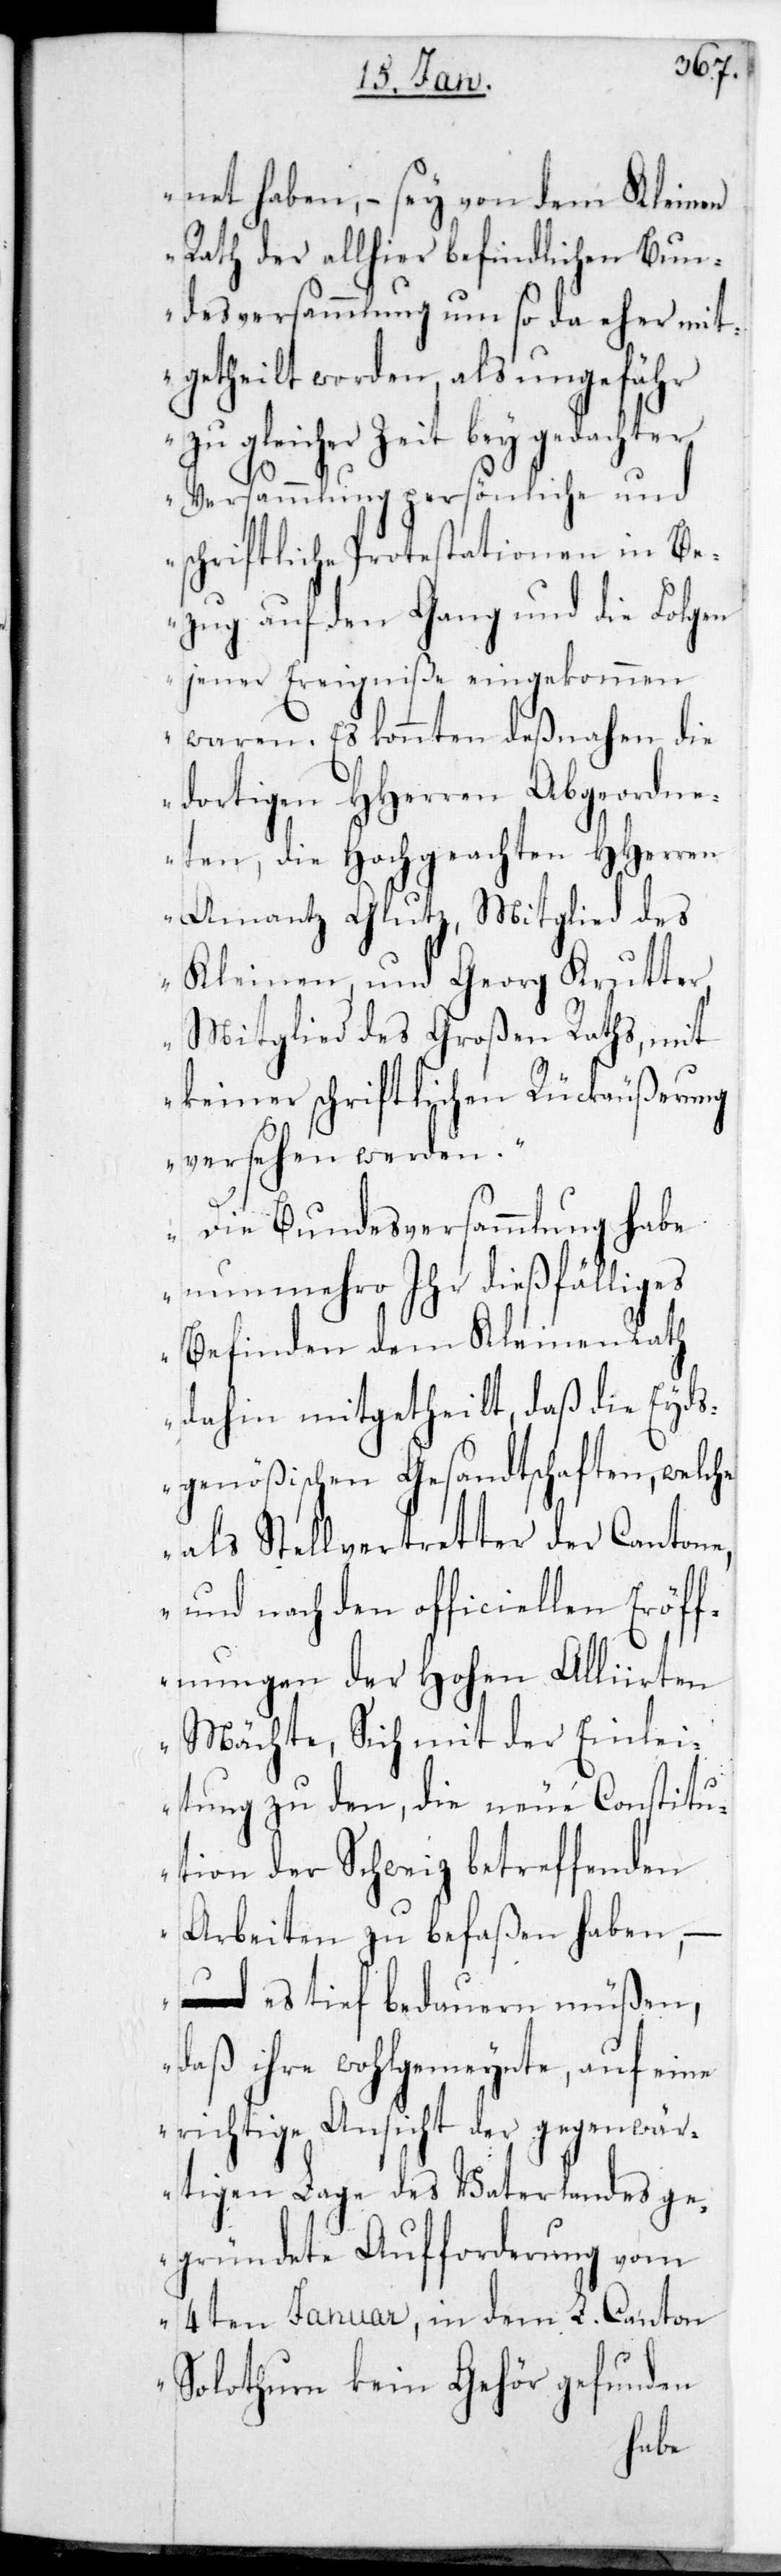
net haben, – sei von dem Kleinen
Rath der allhier befindlichen Bun¬
desversammlung um so da eher mit¬
getheilt worden, als ungefähr
zu gleicher Zeit bey gedachter
Versammlung persönliche und
schriftliche Protestationen in Be¬
zug auf den Gang und die Folgen
jener Ereigniße eingekommen
waren. Es konnten desnahen die
dortigen HHerren Abgeordne¬
ten, die Hochgeachten HHerren
Amantz Glutz, Mitglied des
Kleinen, und Georg Krutter,
Mitglied des Großen Raths, mit
keiner schriftlichen Rückäußerung
versehen werden.
Die Bundesversammlung habe
nunmehro ihr dießfälliges
Befinden dem Kleinen Rath
dahin mitgetheilt, daß die Eyd¬
sgenößischen Gesandtschaften, welche
als Stellvertretter der Cantone,
und nach den officiellen Eröff¬
nungen der Hohen Alliirten
Mächte, sich mit der Einlei¬
tung zu den, die neue Constitu¬
tion der Schweiz betreffenden
Arbeiten zu befaßen haben,
– es tief bedauern müßen,
daß ihre Wohlgemeinte, auf eine
richtige Ansicht der gegenwär¬
tigen Lage des Vaterlandes ge¬
gründete Aufforderung vom
4ten Januar, in dem L. Canton
Solothurn kein Gehör gefunden